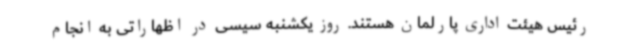
رئیس هیئت اداری پارلمان هستند. روز یکشنبه سیسی در اظهاراتی به انجام